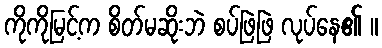
ကိုကိုမြင့်က စိတ်မဆိုးဘဲ စပ်ဖြဲဖြဲ လုပ်နေ၏ ။